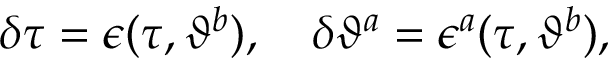
\delta \tau = \epsilon ( \tau , \vartheta ^ { b } ) , \quad \delta \vartheta ^ { a } = \epsilon ^ { a } ( \tau , \vartheta ^ { b } ) ,